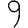
Digit: 9